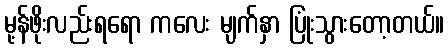
မု့န်ဖိုးလည်းရရော ကလေး မျက်နှာ ပြုံးသွားတော့တယ်။